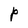
Character: P